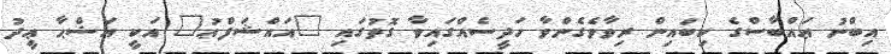
އިބްނު ޢައްބާސްގެ ކިބައިން ރިވާވެގެންވާ ހަދީސެއްގައިވާ ގޮތުގައި "އައްޝަފްޢު" އަކީ އަޟްޙާ ޢީދު